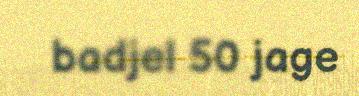
badjel 50 jage